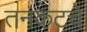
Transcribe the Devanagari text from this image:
तनकटचे